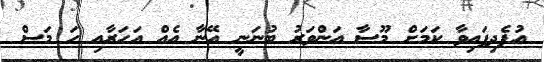
އުފެދިފައިވާ ކަމަށް މޫސާ އަންވަރު ބުނަނީ އޭނާ އެއް އަހަރާއި ހަ މަސް